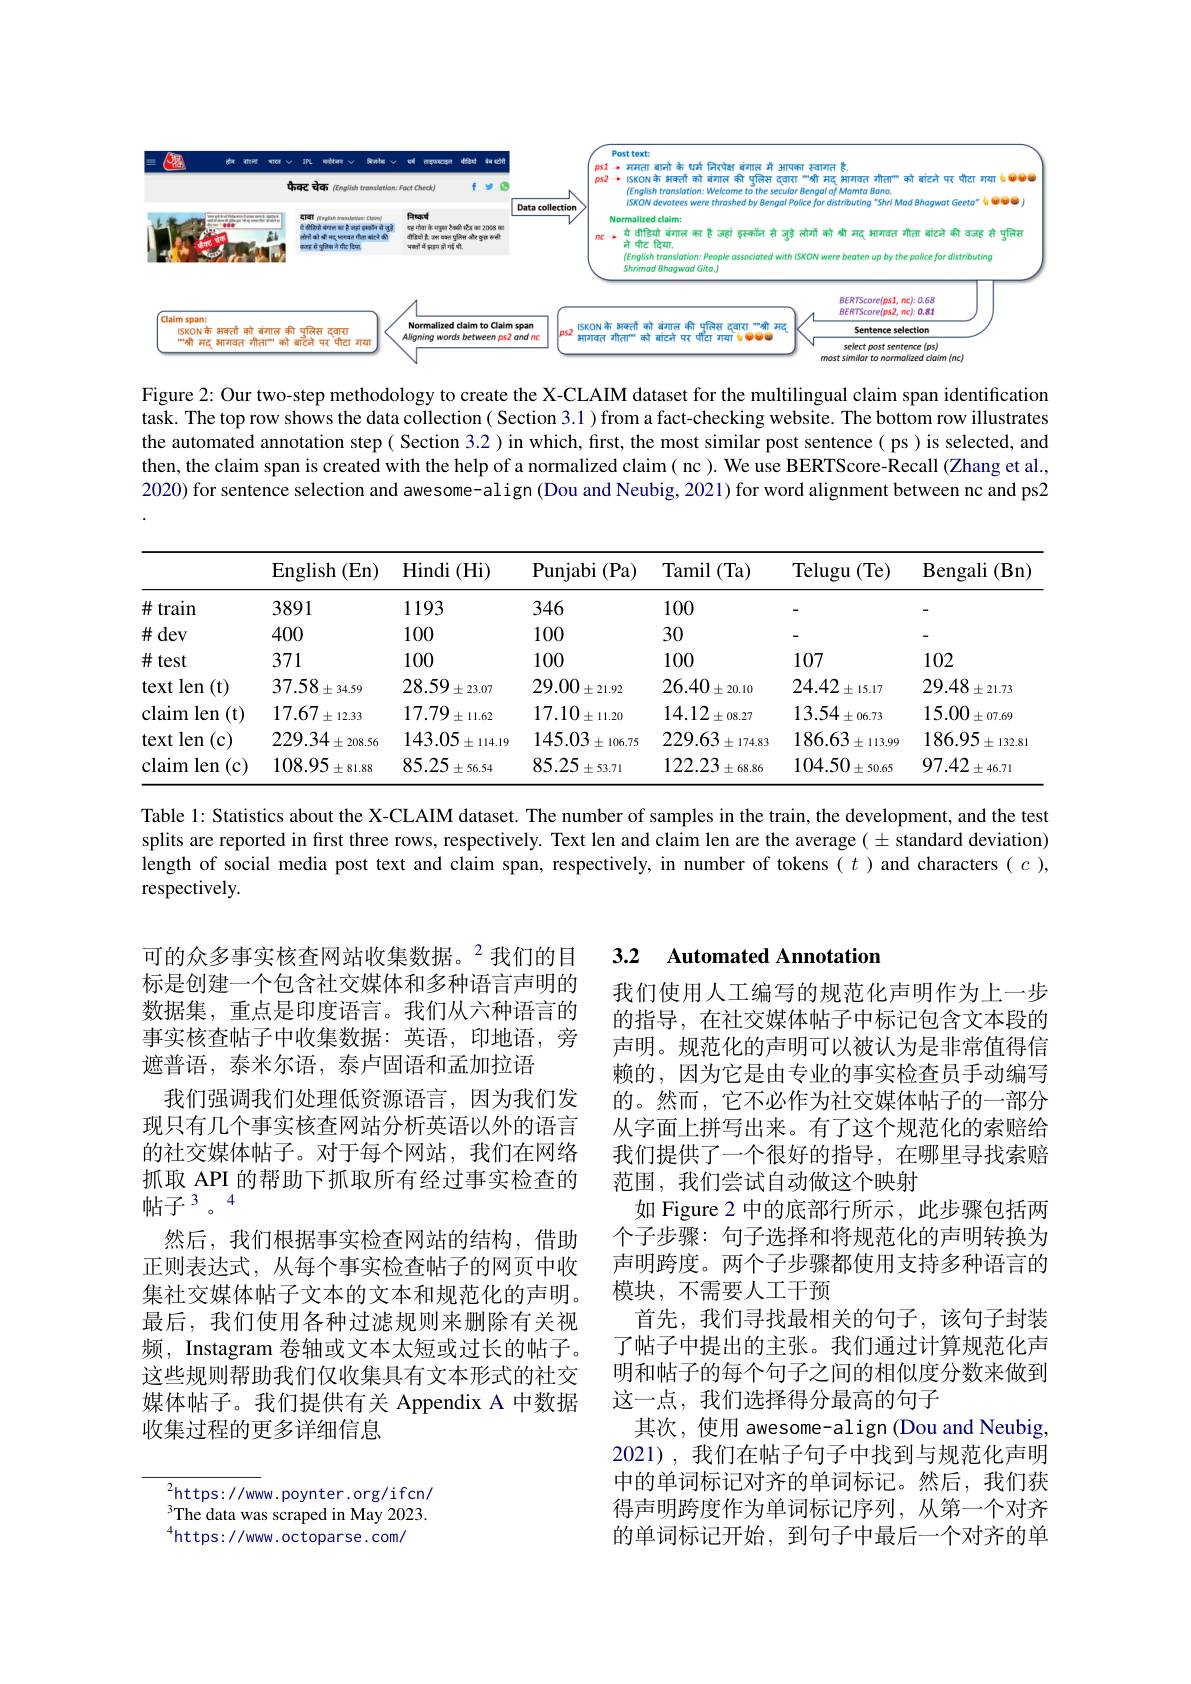
<FigureHere>

Figure 2: Our two-step methodology to create the X-CLAIM dataset for the multilingual claim span identification task. The top row shows the data collection ( Section 3.1) from a fact-checking website. The bottom row illustrates the automated annotation step ( Section 3.2 ) in which, first, the most similar post sentence ( ps ) is selected, and then, the claim span is created with the help of a normalized claim( nc ). We use BERTScore-Recall (Zhang et al., 2020) for sentence selection and awesome-align (Dou and Neubig, 2021) for word alignment between nc and ps2

<table>
	<tbody>
		<tr>
			<th> </th>
			<th>English (En)</th>
			<th>Hindi ( Hi) </th>
			<th>Punjabi (Pa)</th>
			<th>Tamil (Ta) </th>
			<th>Telugu (Te)</th>
			<th>Bengali $(\mathbf{Bn}$</th>
		</tr>
		<tr>
			<td>$\#$ $\neq$train</td>
			<td>3891</td>
			<td>1193</td>
			<td>346</td>
			<td>100</td>
			<td> </td>
			<td> </td>
		</tr>
		<tr>
			<td>$\#$dev</td>
			<td>400</td>
			<td>100</td>
			<td>100</td>
			<td>30</td>
			<td> </td>
			<td> </td>
		</tr>
		<tr>
			<td>$\#$test</td>
			<td>371</td>
			<td>100</td>
			<td>100</td>
			<td>100</td>
			<td>107</td>
			<td>102</td>
		</tr>
		<tr>
			<td>:len $(\mathbf{t})$ text 1 1</td>
			<td>37.58 $\pm34.59$</td>
			<td>28.59 $\pm23.07$</td>
			<td>29.00 $\pm21.92$</td>
			<td>26.40 $\pm20.10$</td>
			<td>24.42 $\pm15.17$</td>
			<td>29.48 $\pm21.73$</td>
		</tr>
		<tr>
			<td>claim len (t)</td>
			<td>17.67 $\pm12.33$</td>
			<td>17.79 $\pm11.62$</td>
			<td>17.10 $\pm11.20$</td>
			<td>14.12 $\pm08.27$</td>
			<td>13.54 $\pm06.73$</td>
			<td>15.00 $\pm07.69$</td>
		</tr>
		<tr>
			<td>len (c) text</td>
			<td>229.34 $\pm208.56$</td>
			<td>143.05 $\pm114.19$</td>
			<td>145.03 $\pm106.75$</td>
			<td>229.63 $\pm174.83$</td>
			<td>186.63 $\pm113.99$</td>
			<td>186.95 $\pm132.81$</td>
		</tr>
		<tr>
			<td>claim len (c)</td>
			<td>108.95 $\pm81.88$</td>
			<td>85.25 $\pm56.54$</td>
			<td>85.25 $\pm53.71$</td>
			<td>122.23 $\pm68.86$</td>
			<td>104.50 $\pm50.65$</td>
			<td>97.42 $\pm46.71$</td>
		</tr>
	</tbody>
</table>

Table l: Statistics about the X-CLAIM dataset. The number of samples in the train, the development, and the test splits are reported in first three rows, respectively. Text len and claim len are the average( $\pm$ standard deviation) length of social media post text and claim span, respectively, in number of tokens $(t)$ and characters $(c)$, respectively.

### 3.2 Automated Annotation

可的众多事实核查网站收集数据。$^{2}$我们的目标是创建一个包含社交媒体和多种语言声明的数据集，重点是印度语言。我们从六种语言的事实核查帖子中收集数据：英语，印地语，旁遮普语，泰米尔语，泰卢固语和孟加拉语
我们强调我们处理低资源语言，因为我们发现只有几个事实核查网站分析英语以外的语言的社交媒体帖子。对于每个网站，我们在网络抓取 API 的帮助下抓取所有经过事实检查的帖子 3 。4
然后，我们根据事实检查网站的结构，借助正则表达式，从每个事实检查帖子的网页中收集社交媒体帖子文本的文本和规范化的声明。最后，我们使用各种过滤规则来删除有关视频，Instagram 卷轴或文本太短或过长的帖子。这些规则帮助我们仅收集具有文本形式的社交媒体帖子。我们提供有关 Appendix A 中数据收集过程的更多详细信息

我们使用人工编写的规范化声明作为上一步的指导，在社交媒体帖子中标记包含文本段的声明。规范化的声明可以被认为是非常值得信赖的，因为它是由专业的事实检查员手动编写的。然而，它不必作为社交媒体帖子的一部分从字面上拼写出来。有了这个规范化的索赔给我们提供了一个很好的指导，在哪里寻找索赔范围，我们尝试自动做这个映射
如 Figure 2 中的底部行所示，此步骤包括两个子步骤：句子选择和将规范化的声明转换为声明跨度。两个子步骤都使用支持多种语言的模块，不需要人工干预
首先，我们寻找最相关的句子，该句子封装了帖子中提出的主张。我们通过计算规范化声明和帖子的每个句子之间的相似度分数来做到这一点，我们选择得分最高的句子
其次，使用 awesome-align (Dou and Neubig, 2021),我们在帖子句子中找到与规范化声明中的单词标记对齐的单词标记。然后，我们获得声明跨度作为单词标记序列，从第一个对齐的单词标记开始，到句子中最后一个对齐的单

$^{2}$https://www.poynter.org/ifcn/ The data was scraped in May 2023. $^{4}$https://www.octoparse.com/